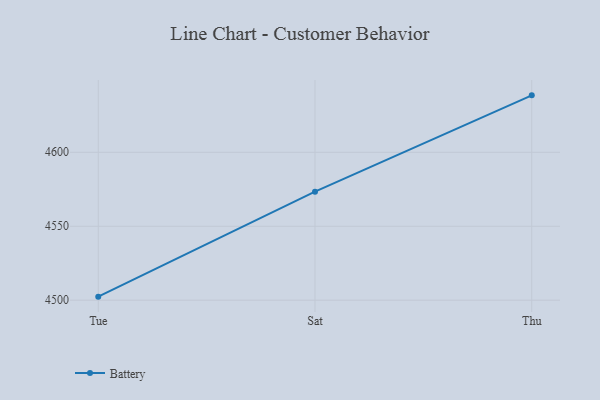
{"axis": {"x": "Day", "y": "LTV (USD)"}, "legend": ["Battery"], "data": [{"x": "Tue", "y": 4502.4, "type": "Battery"}, {"x": "Sat", "y": 4573.4, "type": "Battery"}, {"x": "Thu", "y": 4638.5, "type": "Battery"}]}